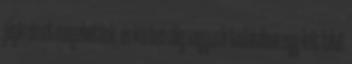
jégkrémet megehetünk, és közben alig vagyunk tudatában egy-két falat